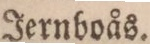
Jernboås.